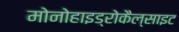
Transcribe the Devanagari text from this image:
मोनोहाइड्रोकैल्साइट